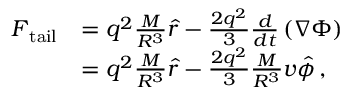
\begin{array} { r l } { \boldsymbol { F } _ { \mathrm { t a i l } } } & { = q ^ { 2 } \frac { M } { R ^ { 3 } } \boldsymbol { \hat { r } } - \frac { 2 q ^ { 2 } } { 3 } \frac { d } { d t } \left( \boldsymbol { \nabla } \Phi \right) } \\ & { = q ^ { 2 } \frac { M } { R ^ { 3 } } \boldsymbol { \hat { r } } - \frac { 2 q ^ { 2 } } { 3 } \frac { M } { R ^ { 3 } } v \boldsymbol { \hat { \phi } } \, , } \end{array}